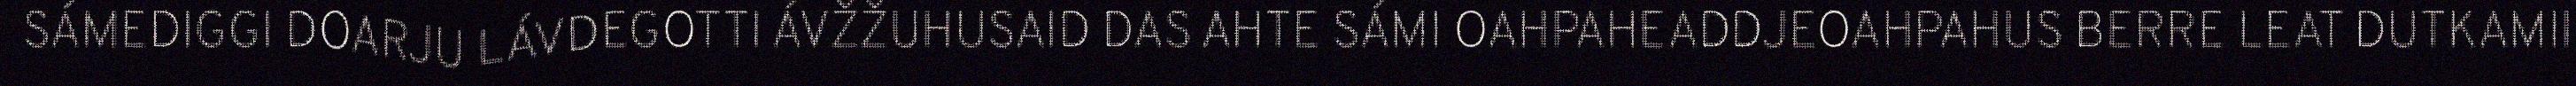
SÁMEDIGGI DOARJU LÁVDEGOTTI ÁVŽŽUHUSAID DAS AHTE SÁMI OAHPAHEADDJEOAHPAHUS BERRE LEAT DUTKAMII